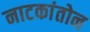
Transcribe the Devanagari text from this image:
नाटकांतोन